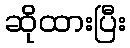
ဆိုထားပြီး